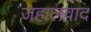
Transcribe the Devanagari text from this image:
जहालवाद